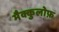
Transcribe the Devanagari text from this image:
मैक्कुलोफ़